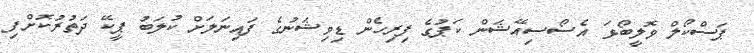
ޕަސްކޯލް ވޮލީބޯޅަ އެސޯސިއޭޝަން ކަޕުގެ ފިރިހެން ޑިވިޝަނުގެ ފައިނަލަށް ކުލަބު ޕީކޭ ދަތުރުކޮށްފި